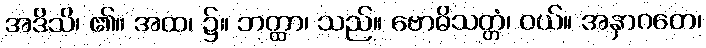
အဒိသိ၊ ၏။ အထ၊ ၌။ ဘတ္ထာ၊ သည်။ ဗောဓိသတ္တံ၊ ဝယ်။ အနှာဂတေ၊